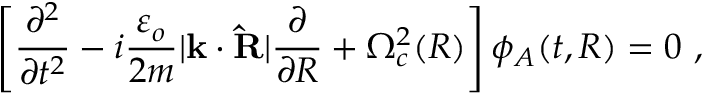
\left[ { \frac { \partial ^ { 2 } } { \partial t ^ { 2 } } } - i \frac { \varepsilon _ { o } } { 2 m } \vert \mathbf k \cdot \mathbf { \hat { R } } \vert \frac { \partial } { \partial R } + \Omega _ { c } ^ { 2 } ( R ) \right] \phi _ { A } ( t , R ) = 0 \ ,